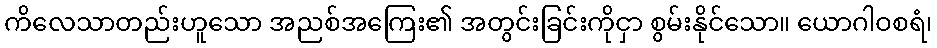
ကိလေသာတည်းဟူသော အညစ်အကြေး၏ အတွင်းခြင်းကိုငှာ စွမ်းနိုင်သော။ ယောဂါဝစရံ၊